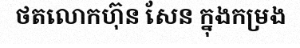
ថតលោកហ៊ុន សែន ក្នុងកម្រង